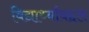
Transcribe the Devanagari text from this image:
विद्यार्थ्यांबद्दल